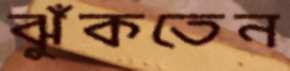
ঝুঁকতেন